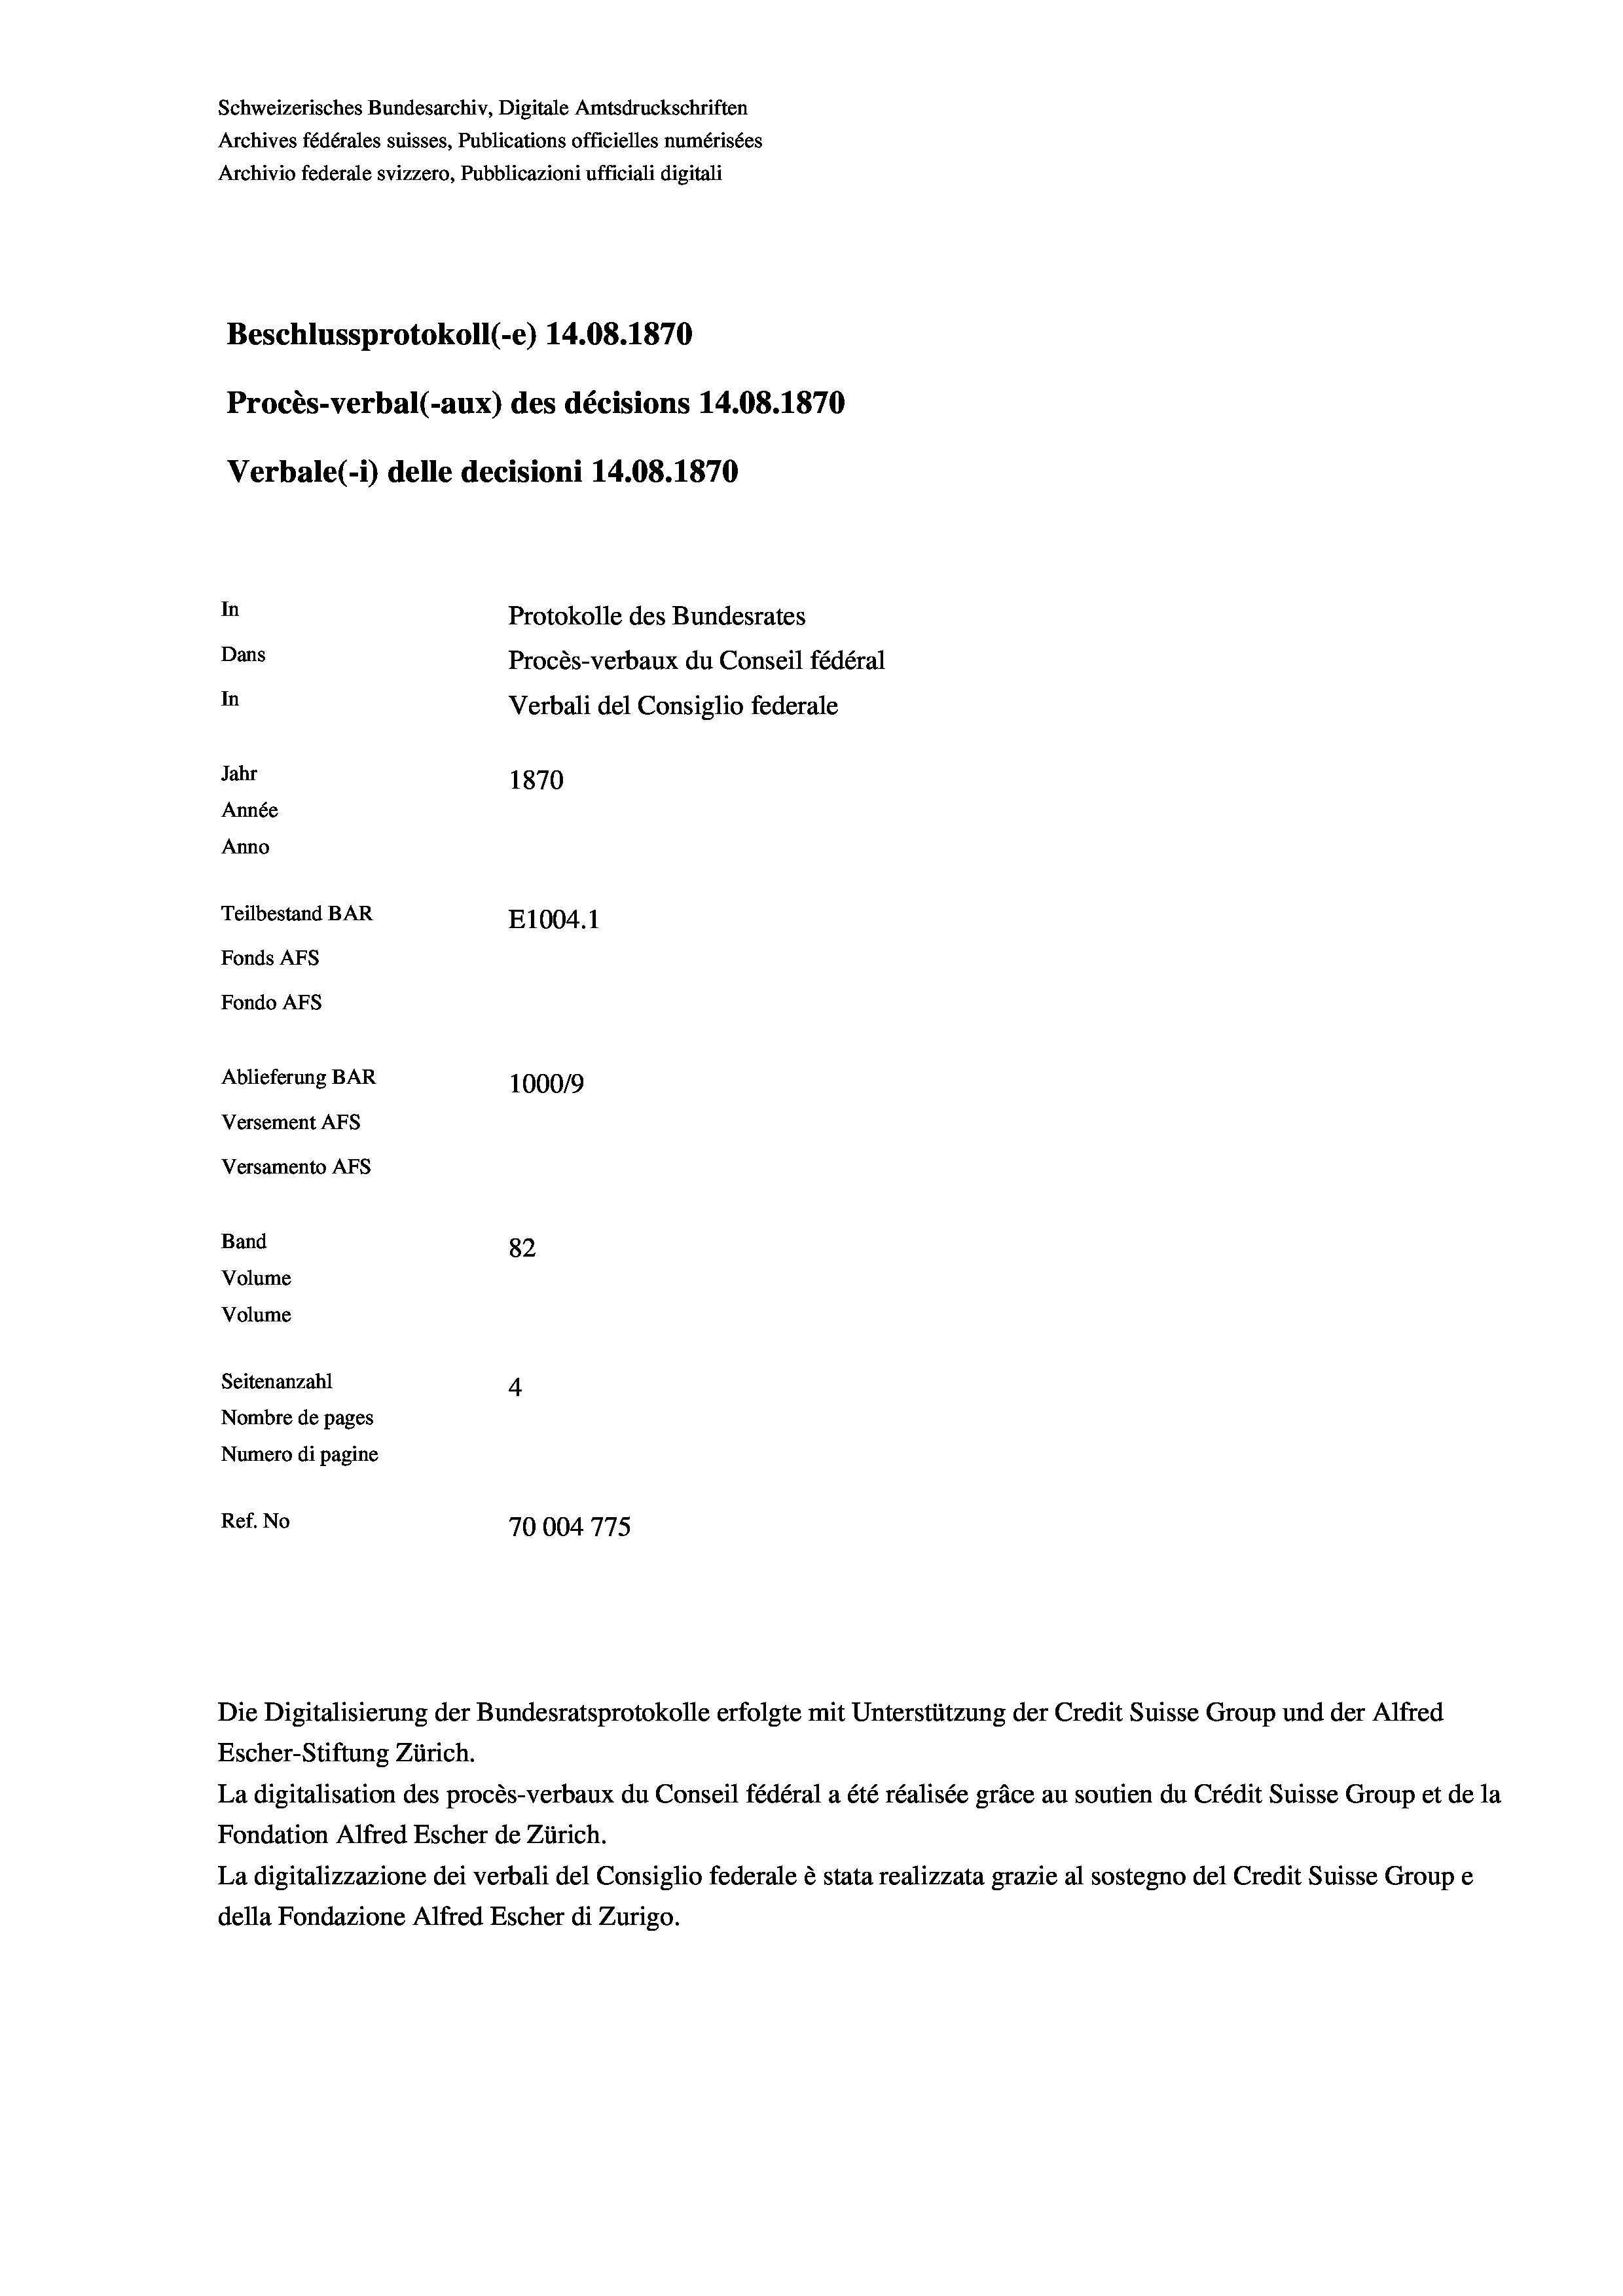
Schweizerisches Bundesarchiv, Digitale Amtsdruckschriften
Archives fédérales suisses, Publications officielles numérisées
Archivio federale svizzero, Pubblicazioni ufficiali digitali
Beschlussprotokoll (-e) 14.08. 1870
Procès-verbal (-aux) des décisions 14.08. 1870
Verbale (1) delle decisioni 14.08. 1870
In
Protokolle des Bundesrates
Dans
Procès-verbaux du Conseil fédéral
In
Verbali del Consiglio federale
Jahr
1870
Année
Anno
Teilbestand BAR
E1004.1
Fonds AEs
Fondo AFs
Ablieferung BAR
100019
Versement AFS
Versamento AFs
Band
82
Volume
Volume
Seitenanzahl
4
Nombre de pages
Numero di pagine

Ref. No
70004775

La digitalisation des procès-verbaux du Conseil fédéral a été réalisée gräce au soutien du Crédit Suisse Group et de la
Fondation Alfred Escher de Zürich.
La digitalizzazione dei verbali del Consiglio federale è stata realizzata grazie al sostegno del Credit Suisse Groupe
della Fondazione Alfred Escher di Zurigo.

Die Digitalisierung der Bundesratsprotokolle erfolgte mit Unterstützung der Credit Suisse Group und der Alfred
Escher-Stiftung Zürich.